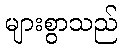
များစွာသည်